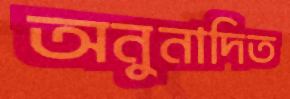
অনুনাদিত